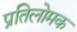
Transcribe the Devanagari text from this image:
प्रतिलोमक